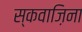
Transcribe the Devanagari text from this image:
स्कवाज़िना